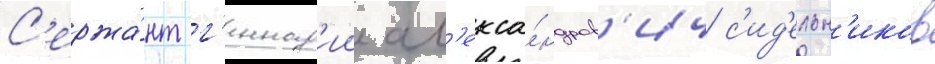
С'ержа́нт г'еннад'ии ал'екса́ндров'ич с'ид'ельн'иков